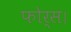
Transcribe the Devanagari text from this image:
फोर्स।